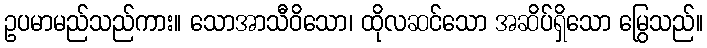
ဥပမာမည်သည်ကား။ သောအာသီဝိသော၊ ထိုလဆင်သော အဆိပ်ရှိသော မြွေသည်။